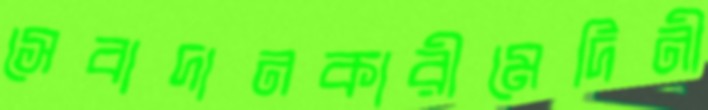
সেবাদানকারীমেদিনী